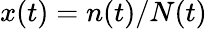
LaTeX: x(t)=n(t)/N(t)